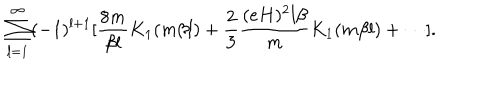
\sum _ { l = 1 } ^ { \infty } ( - 1 ) ^ { l + 1 } [ \frac { 8 m } { \beta l } K _ { 1 } ( m \beta l ) + \frac { 2 } { 3 } \frac { ( e H ) ^ { 2 } l \beta } { m } K _ { 1 } ( m \beta l ) + \cdots ] .